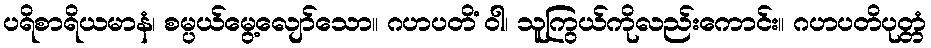
ပရိစာရိယမာနံ၊ စမ္ပယ်မွေ့လျော်သော။ ဂဟပတိံ ဝါ၊ သူကြွယ်ကိုလည်းကောင်း။ ဂဟပတိပုတ္တံ